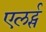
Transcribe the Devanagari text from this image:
एलर्ट्स